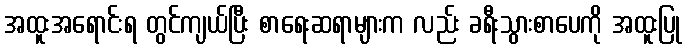
အထူးအရောင်းရ တွင်ကျယ်ပြီး စာရေးဆရာများက လည်း ခရီးသွားစာပေကို အထူးပြု